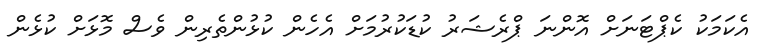
އެކަމަކު ކެޕްޓަނަށް އޮންނަ ޕްރެޝަރު ކުޑަކުރުމަށް އެހެން ކުޅުންތެރިން ވެސް މޮޅަށް ކުޅެން